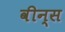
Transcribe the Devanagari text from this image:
वीन्स